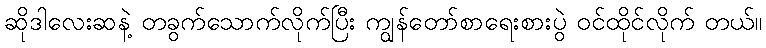
ဆိုဒါလေးဆနဲ့ တခွက်သောက်လိုက်ပြီး ကျွန်တော်စာရေးစားပွဲ ဝင်ထိုင်လိုက် တယ်။